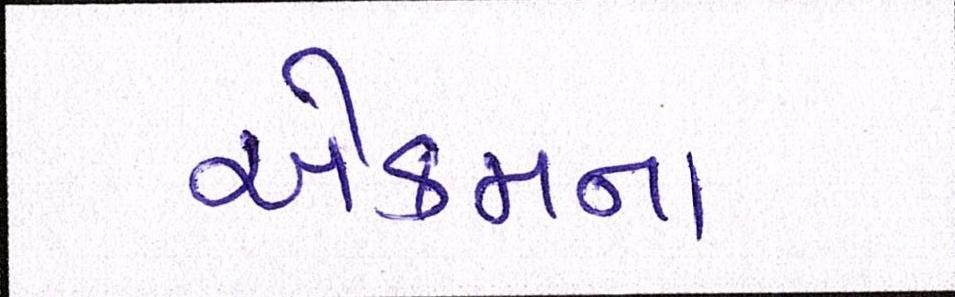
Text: એકમના